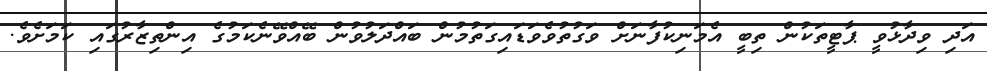
އަދި ވިދާޅުވީ ޕާޓީތަކުން ތިބީ އެމަނިކުފާނަށް ވަގުތުވެވަޑައިގަތުމުން ބައްދަލުވުން ބޭއްވޭނެކަމުގެ އިންތިޒާރުގައި ކަމަށެވެ.